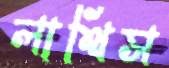
লাথিস